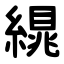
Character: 繉